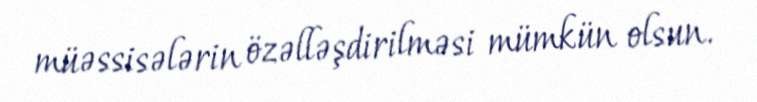
müəssisələrin özəlləşdirilməsi mümkün olsun.